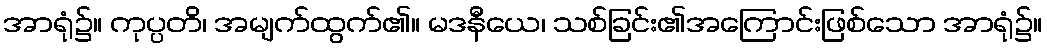
အာရုံ၌။ ကုပ္ပတိ၊ အမျက်ထွက်၏။ မဒနီယေ၊ သစ်ခြင်း၏အကြောင်းဖြစ်သော အာရုံ၌။